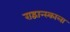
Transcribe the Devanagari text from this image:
राद्वान्स्काला